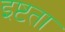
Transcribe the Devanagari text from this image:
इष्टता